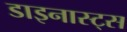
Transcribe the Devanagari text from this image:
डाइनास्ट्स